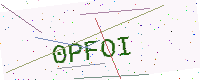
Text: 0PFOI